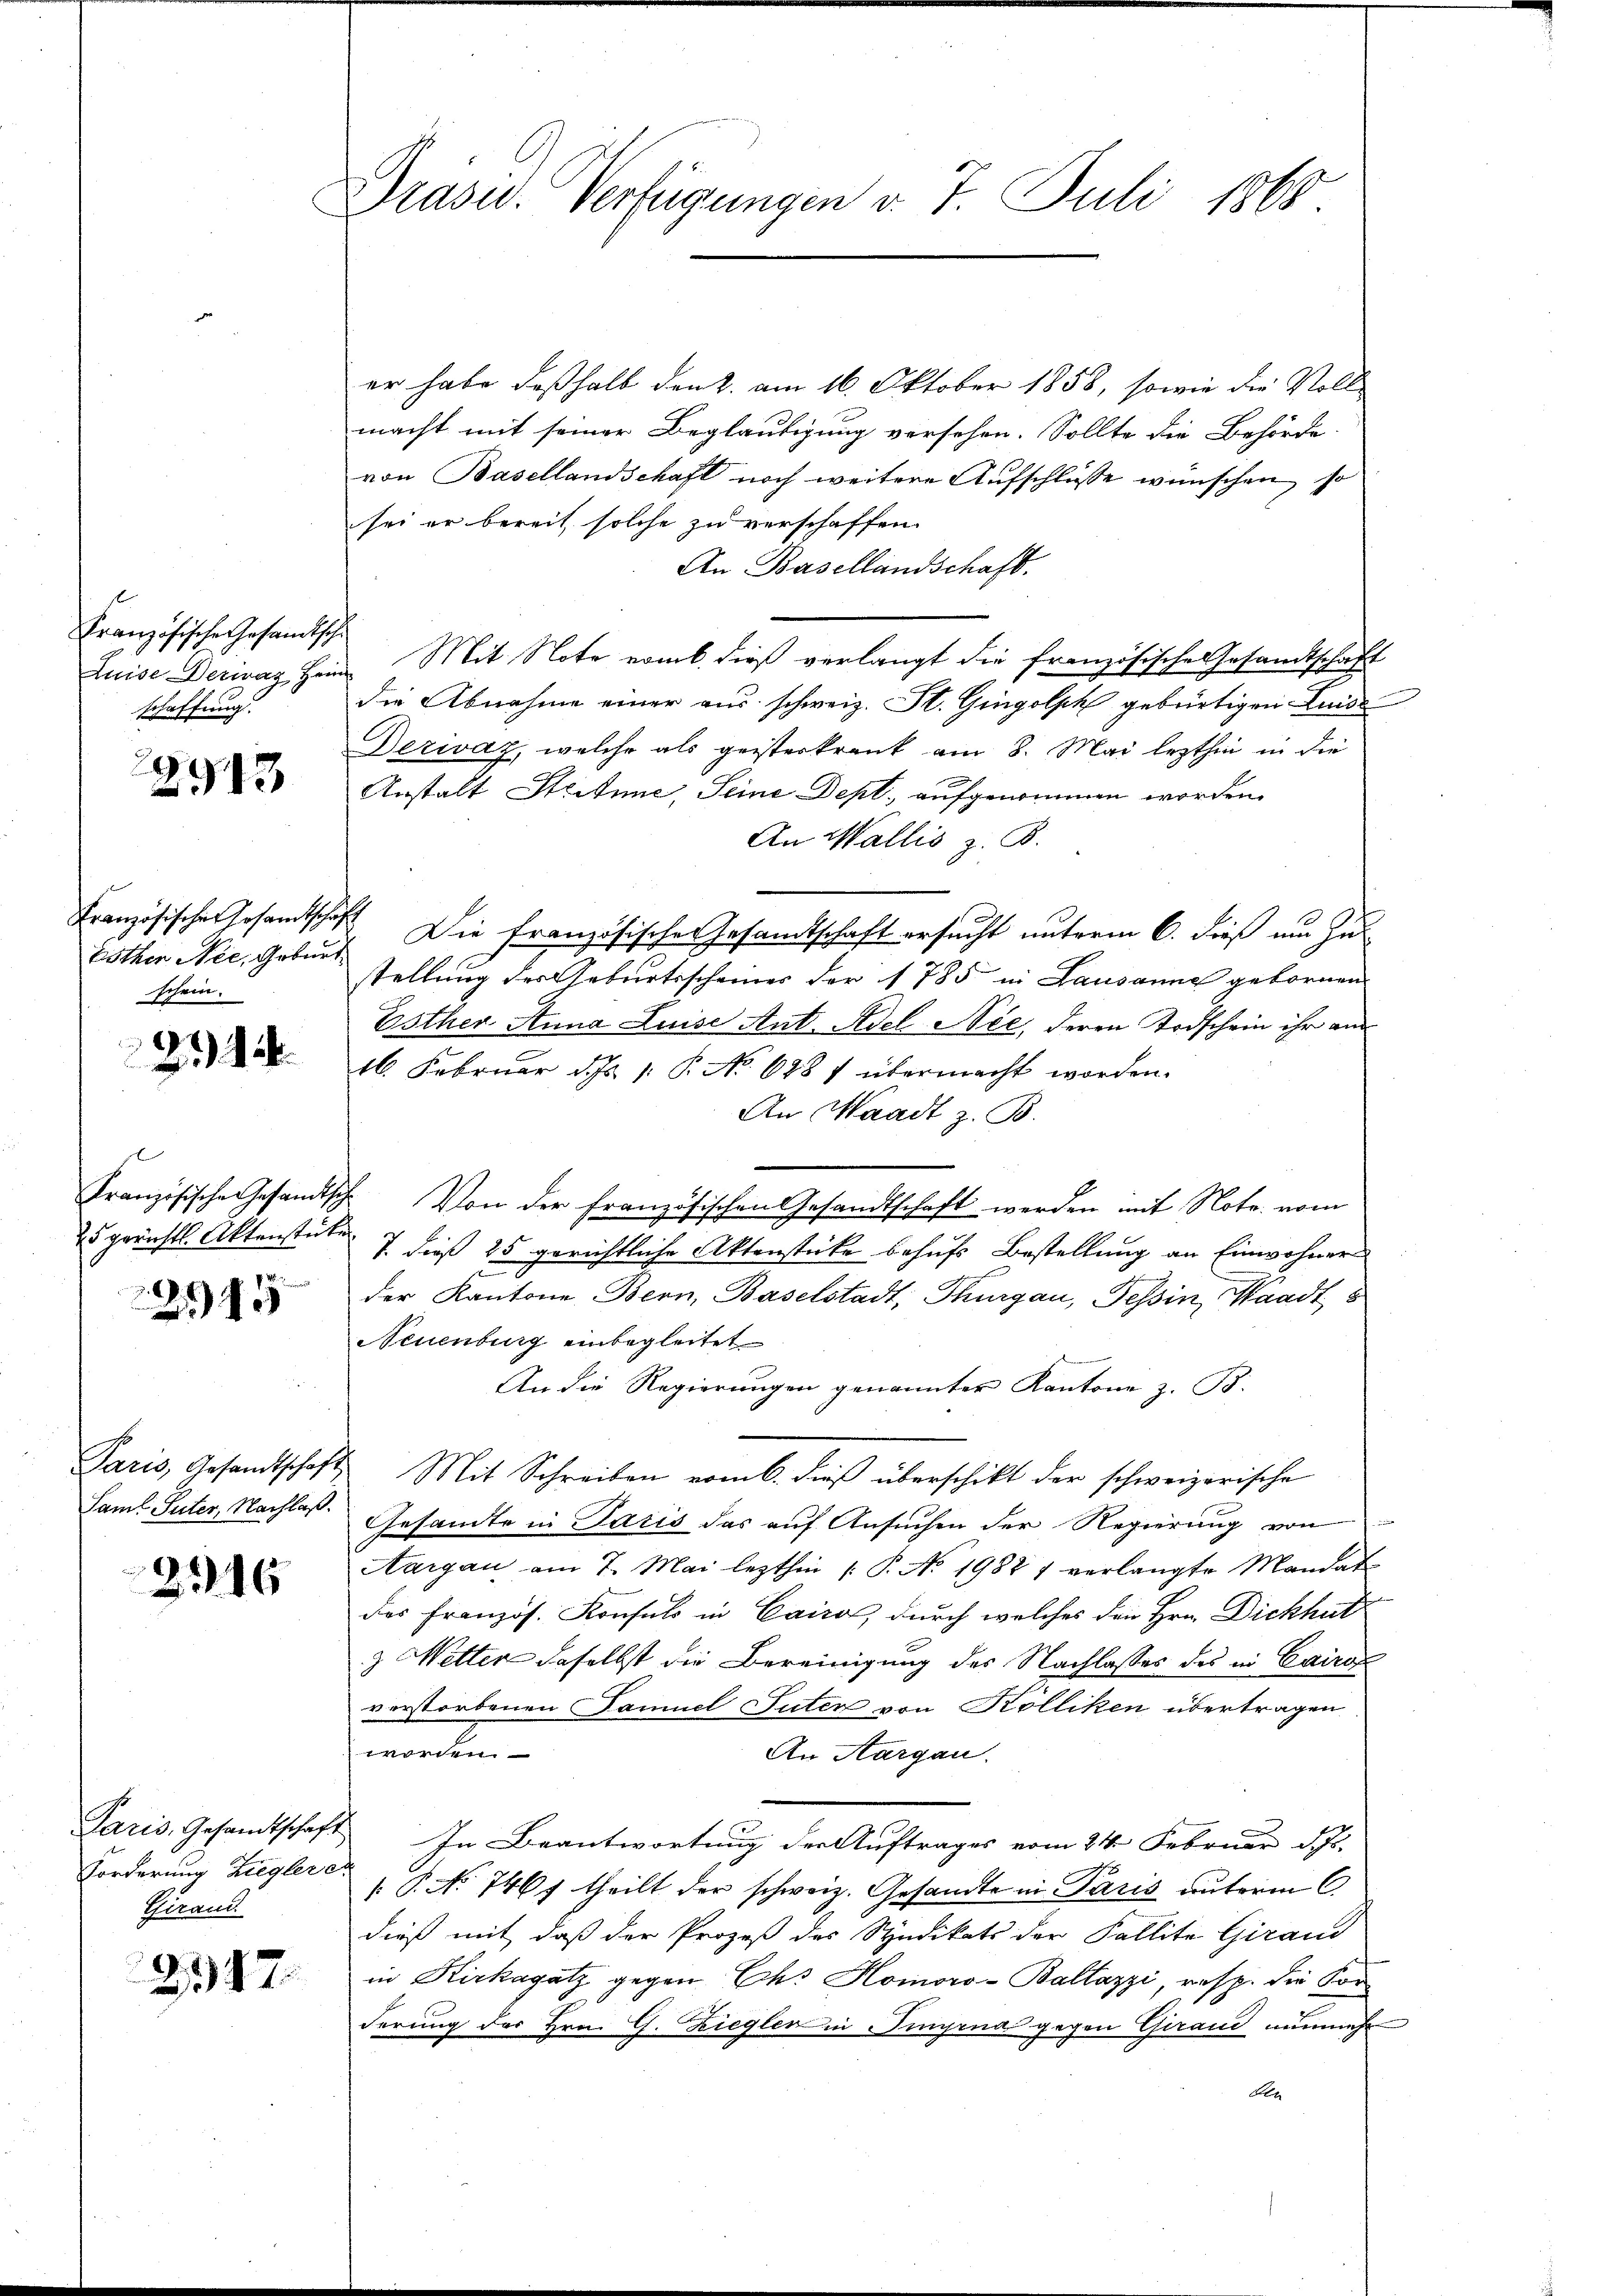
Französische Gesandtsche
Luise Decirag, Her
schaffung.

2913

Französischer Gesamtscha
Esther Nee, Geburt
schein.

23. 124.

25 gerichtl. Aktenstücke

245

2316

Forderung Ziegler e
Girand

2147.

Präsid. Verfügungen v. 7. Juli 1868

er habe deßhalb den 2. am 16. Oktober 1858, sowie die Voll-
macht mit seiner Beglaubigung versehen. Sollte die Behörde
von Basellandschaft noch weitere Aufschlüsse wünschen, so
sei er bereit solche zu verschaffen.
An Basellandschaft.
i Mit Note vom 6. dieß verlangt die französische Gesandtschaft
die Abnahme einer aus schweiz. St. Gingolph gebürtigen Luede
Dezivaz, welche als geisterkrank am 8. Mai lezthin in die
Anstalt Seitene, Seine Dept., aufgenommen worden.
An Wallis z. B.
 Die französische Gesamtschaft ersucht unterm 6. dieß um Zu-
stellung der Geburtsscheines der 1785 in Lausanne gebornen
Esther Anna Luise Ant. Adel Nee, deren Todschein ihr am
16. Februar d. Js. 1. P. No. 688 1 übermacht worden.
An Waadt z. B.
Französische Gesandtsch. Von der französischen Gesandtschaft werden mit Note vom
7. dieß 25 gerichtliche Aktenstücke behufs Bestellung an Einwohner
der Kantone Bern, Baselstadt, Thurgau, Tessin, Waadt
Neuenburg einbegleitet
An die Regierungen genannter Kantone z. B.
Paris, Gesandtschaft Mit Schreiben vom 6. dieβ überschikt der schweizerische
Saml Suter, Nachlaß. Gesandte in Paris das auf Ansuchen der Regierung von
Aargau am 7. Mai lezthin /: P. No. 1982 7 verlangte Mandat
des Französ. Konsuls in Cairol, durch welches den Hrn. Dickhut
z Wetter daselbst die Bereinigung des Nachlasses des in Cairon
verstorbenen Samuel Suter von Kölliken übertragen
worden.
An Aargau.
Paris, Gesandtschaft In Beantwortung der Auftrages vom 24. Februar d. Js.
/. P. No 7467 theilt der schweiz. Gesandte in Paris unterm 6.
dieß mit daß der Prozeß des Syndikats der Fallite Girand
in Kirkagatz gegen Ch. Homoro-Baltazzi, resp. die Sor
derung des Hrn. G. Ziegler in Pinyena gegen Gerand nunmehr
den